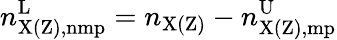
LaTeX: n_{\mathrm{X(Z),nmp}}^{\mathrm{L}}=n_{\mathrm{X(Z)}}-n_{\mathrm{X(Z),mp}}^{\mathrm{U}}